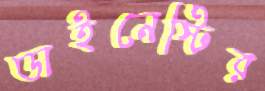
ডাইনেস্টির